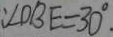
: \angle D B E = 3 0 ^ { \circ } .